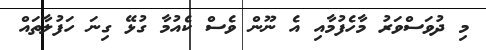
މި ދުވަސްވަރު މާހެފުމާއި އެ ނޫން ވެސް ކެއުމާ ގުޅޭ ގިނަ ހަފުލާތައް